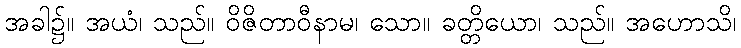
အခါ၌။ အယံ၊ သည်။ ဝိဇိတာဝီနာမ၊ သော။ ခတ္တိယော၊ သည်။ အဟောသိ၊